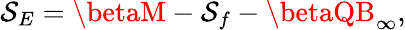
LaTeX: \mathcal{S}_{E}=\betaM-\mathcal{S}_{f}-\betaQB_{\infty},